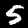
Digit: 5